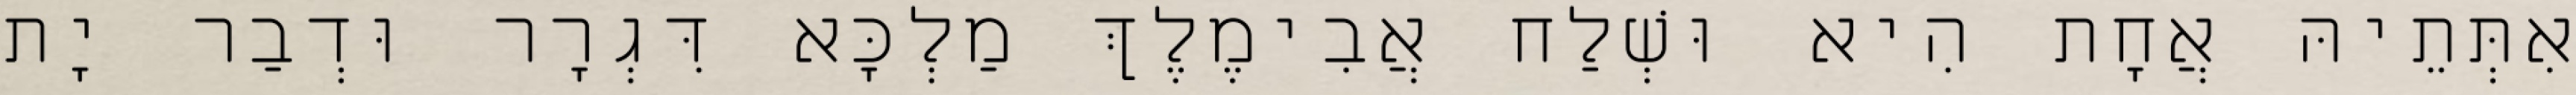
אִתְּתֵיהּ אֲחָת הִיא וּשְׁלַח אֲבִימֶלֶךְ מַלְכָּא דִּגְרָר וּדְבַר יָת